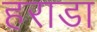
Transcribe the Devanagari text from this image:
हराडा